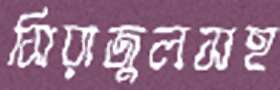
সিরাজুলসহ